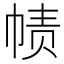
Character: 帻